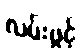
လမ်းဖွင့်